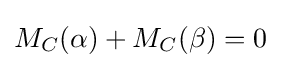
M_{C}(\alpha )+M_{C}(\beta )=0